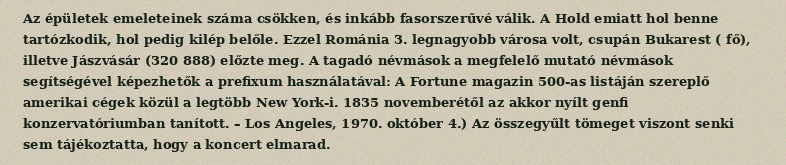
Az épületek emeleteinek száma csökken, és inkább fasorszerűvé válik. A Hold emiatt hol benne tartózkodik, hol pedig kilép belőle. Ezzel Románia 3. legnagyobb városa volt, csupán Bukarest ( fő), illetve Jászvásár (320 888) előzte meg. A tagadó névmások a megfelelő mutató névmások segítségével képezhetők a prefixum használatával: A Fortune magazin 500-as listáján szereplő amerikai cégek közül a legtöbb New York-i. 1835 novemberétől az akkor nyílt genfi konzervatóriumban tanított. – Los Angeles, 1970. október 4.) Az összegyűlt tömeget viszont senki sem tájékoztatta, hogy a koncert elmarad.